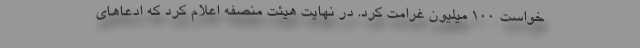
خواست ۱۰۰ میلیون غرامت کرد. در نهایت هیئت منصفه اعلام کرد که ادعاهای